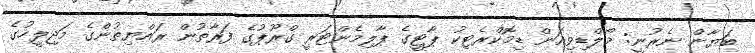
ބަޔާން ނެރުނީ: މޯލްޑިވިއަން ޑިމޮކްރެޓިކު ޕާޓީގެ ޕާލިމެންޓަރީ ގްރޫޕުގެ ފަރާތުން ރައްޔިތުންގެ މަޖިލީހުގެ